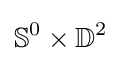
\mathbb {S} ^{0}\times \mathbb {D} ^{2}